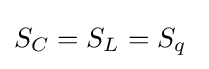
S_{C}=S_{L}=S_{q}\